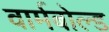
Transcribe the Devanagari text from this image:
वार्मबोल्ड